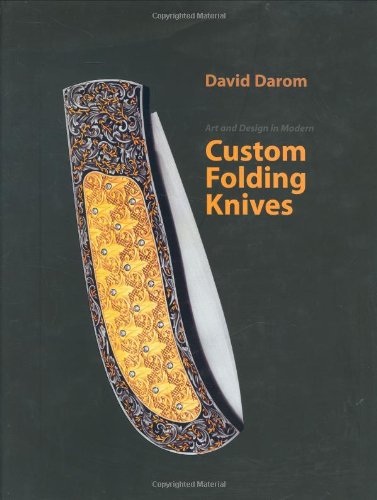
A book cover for Art and Design in Modern Custom Folding Knives; David Darom; Crafts, Hobbies & Home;